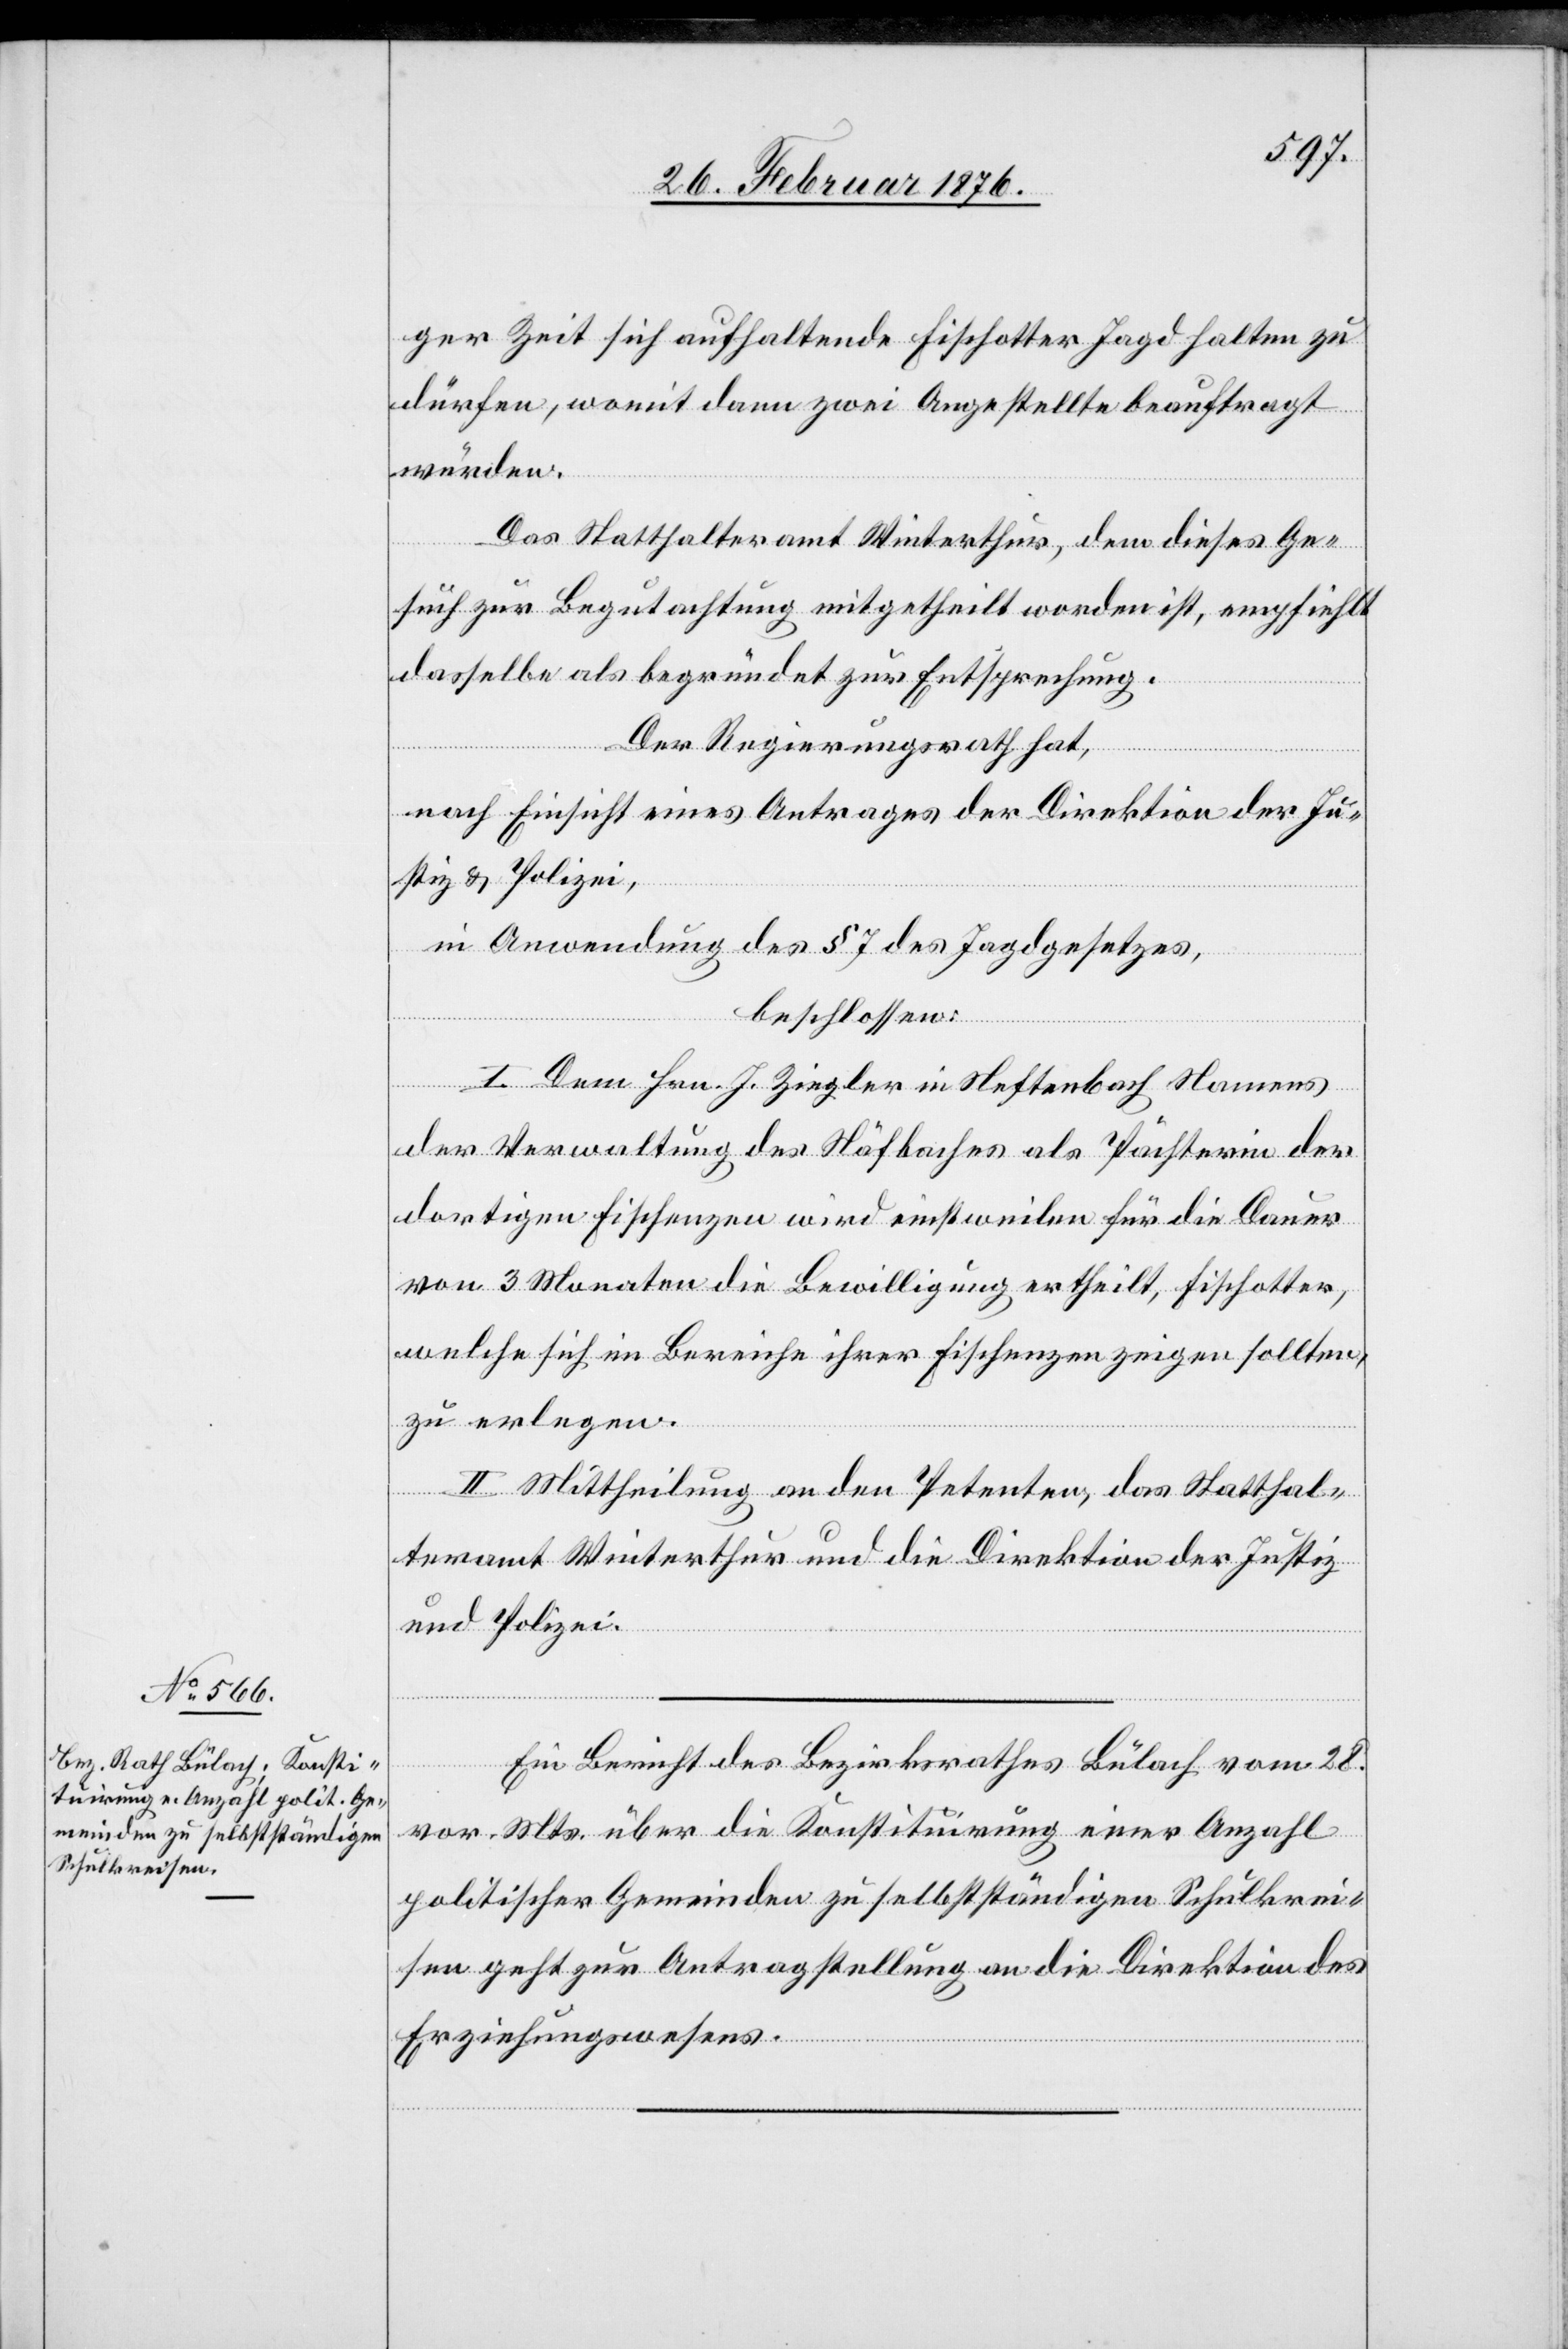
ger Zeit sich aufhaltende Fischotter Jagd halten zu
dürfen, womit dann zwei Angestellte beauftragt
würden.
Das Statthalteramt Winterthur, dem dieses Ge¬
such zur Begutachtung mitgetheilt worden ist, empfiehlt
dasselbe als begründet zur Entsprechung.
Der Regierungsrath hat,
nach Einsicht eines Antrages der Direktion der Ju¬
stiz & Polizei,
in Anwendung des § 7 des Jagdgesetzes,
beschlossen:
I. Dem Hrn. J. Ziegler in Neftenbach Namens
der Verwaltung des Näfbaches als Pächterin der
dortigen Fischenzen wird einstweilen für die Dauer
von 3 Monaten die Bewilligung ertheilt, Fischotter,
welche sich im Bereiche ihrer Fischenzen zeigen sollten,
zu erlegen.
II. Mittheilung an den Petenten, das Statthal¬
teramt Winterthur und die Direktion der Justiz
und Polizei.
1.
Ein Bericht des Bezirksrathes Bülach vom 28.
vor. Mts. über die Konstituirung einer Anzahl
politischer Gemeinden zu selbstständigen Schulkrei¬
sen geht zur Antragstellung an die Direktion des
Erziehungswesens.